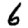
Digit: 6